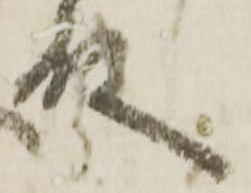
殿